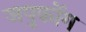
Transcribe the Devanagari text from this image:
जपुकोंग